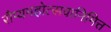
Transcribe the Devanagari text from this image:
रौप्यमहोत्सवानिमित्त